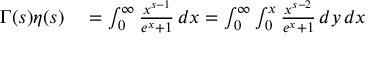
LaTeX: \begin{array} { r l } { \Gamma ( s ) \eta ( s ) } & { { } = \int _ { 0 } ^ { \infty } { \frac { x ^ { s - 1 } } { e ^ { x } + 1 } } \, d x = \int _ { 0 } ^ { \infty } \int _ { 0 } ^ { x } { \frac { x ^ { s - 2 } } { e ^ { x } + 1 } } \, d y \, d x } \end{array}